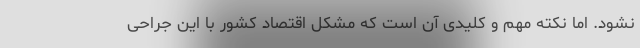
نشود. اما نکته مهم و کلیدی آن است که مشکل اقتصاد کشور با این جراحی